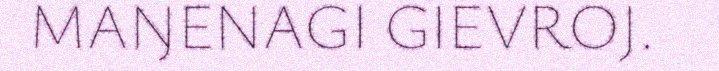
MAŊENAGI GIEVROJ.